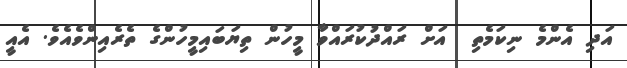
އަދި އެންމެ ނިކަމެތި  އަށް ރައްދުކުރައްވާ މީހުން ތިޔަބައިމީހުންގެ ތެރެއިންވެއެވެ. އެއީ